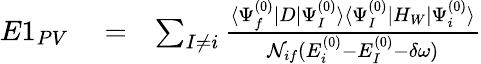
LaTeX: \begin{array}{rlr}{E1_{PV}}&{{}=}&{\sum_{I\ne i}\frac{\langle\Psi_{f}^{(0)}|D|\Psi_{I}^{(0)}\rangle\langle\Psi_{I}^{(0)}|H_{W}|\Psi_{i}^{(0)}\rangle}{{\cal N}_{if}(E_{i}^{(0)}-E_{I}^{(0)}-\delta\omega)}}\end{array}